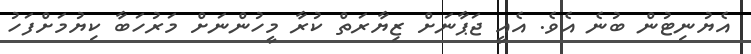
އެޔުނިޓުން ބުނެ އެވެ. އެއީ ޖަޕާނަށް ޒިޔާރަތް ކުރާ މީހުންނަށް މަރުހަބާ ކިޔުމަށްފަހު